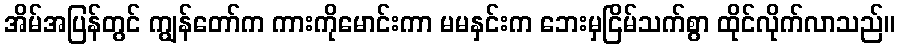
အိမ်အပြန်တွင် ကျွန်တော်က ကားကိုမောင်းကာ မမနှင်းက ဘေးမှငြိမ်သက်စွာ ထိုင်လိုက်လာသည်။